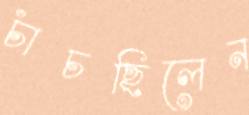
চাঁচছিলেন